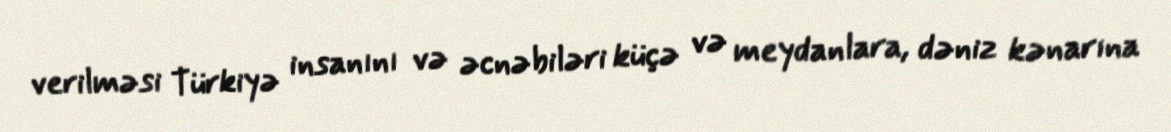
verilməsi Türkiyə insanını və əcnəbiləri küçə və meydanlara, dəniz kənarına